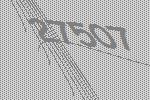
27507